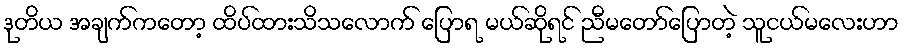
ဒုတိယ အချက်ကတော့ ထိပ်ထားသိသလောက် ပြောရ မယ်ဆိုရင် ညီမတော်ပြောတဲ့ သူငယ်မလေးဟာ